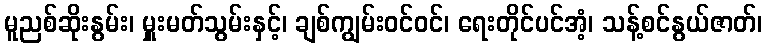
မူညစ်ဆိုးနွမ်း၊ မှူးမတ်သွမ်းနှင့်၊ ချစ်ကျွမ်းဝင်ဝင်၊ ရေးတိုင်ပင်အံ့၊ သန့်စင်နွယ်ဇာတ်၊